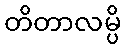
တိတာလမ္ပိ